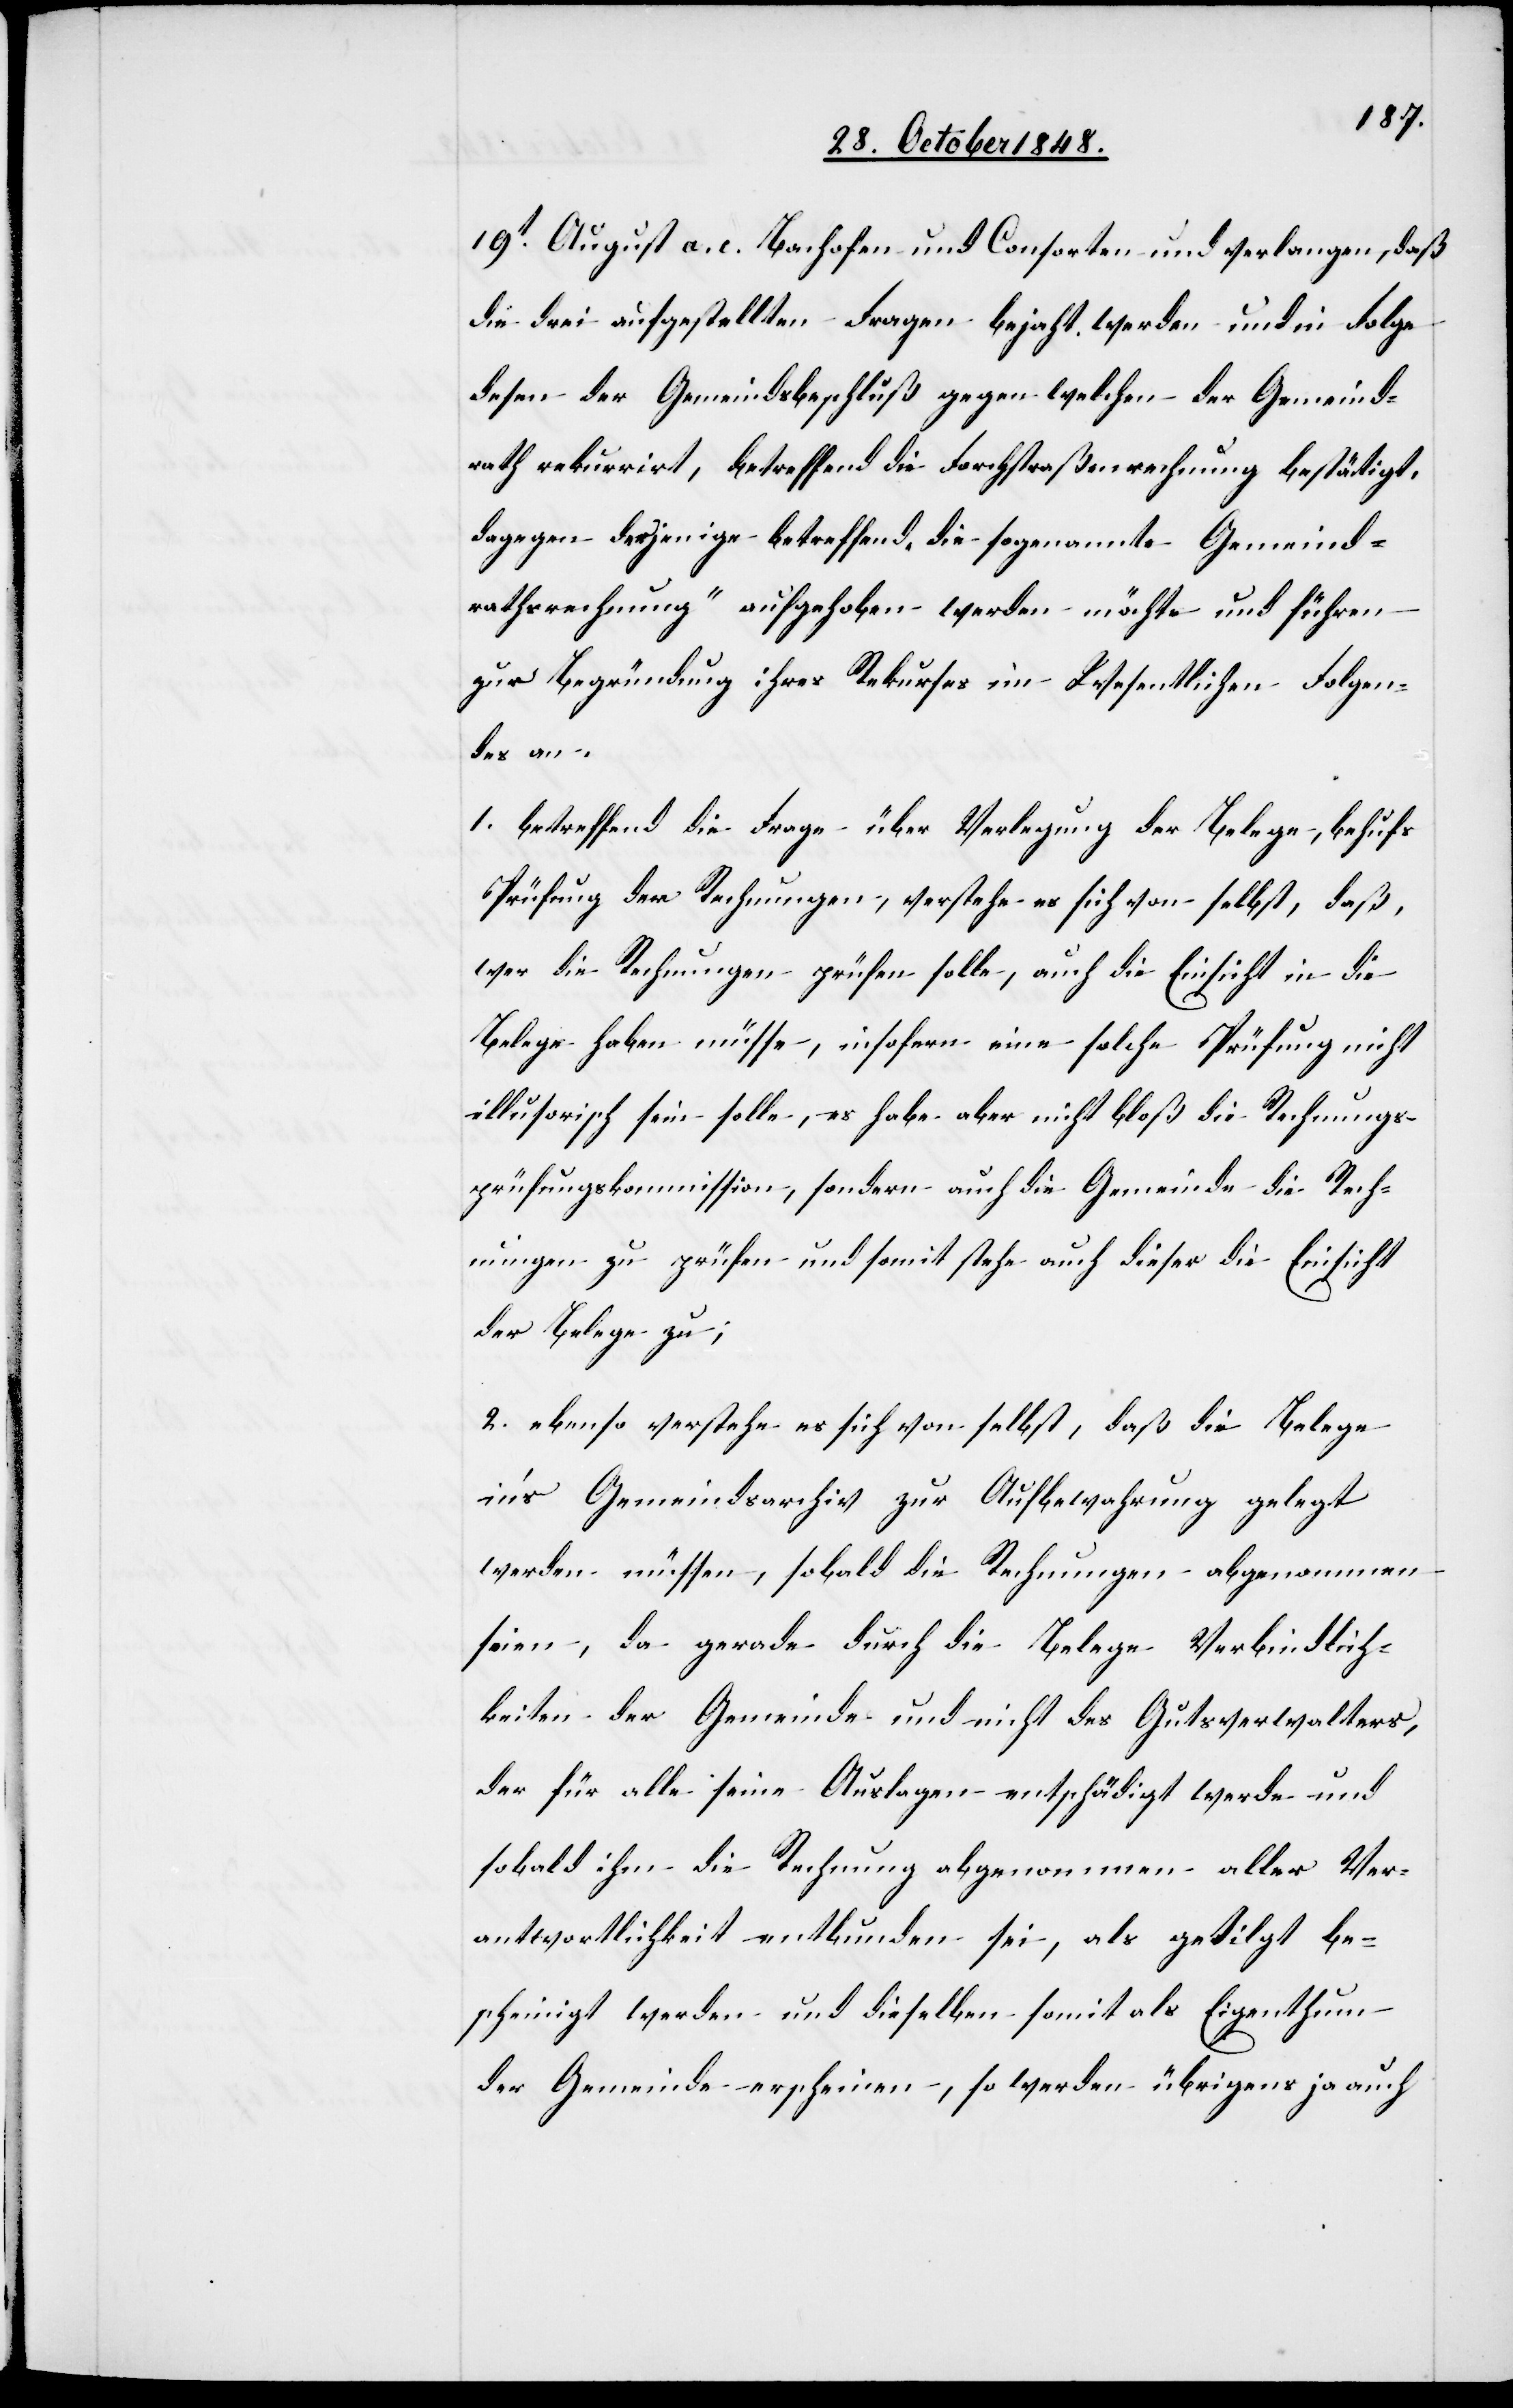
19t August a. c. Bachofen und Consorten und verlangen, daß
die drei aufgestellten Fragen bejaht werden und in Folge
dessen der Gemeindsbeschluß gegen welchen der Gemeind¬
rath rekurrirt, betreffend die Forchstraßenrechnung bestätigt,
dagegen derjenige betreffend die sogenannte [„]Gemeind¬
rathsrechnung“ aufgehoben werden möchte und führen
zur Begründung ihres Rekurses im Wesentlichen Folgen¬
des an.
1. betreffend die Frage über Verlegung der Belege, behufs
Prüfung der Rechnungen, verstehe es sich von selbst, daß,
wer die Rechnungen prüfen solle, auch die Einsicht in die
Belege haben müsse, insofern eine solche Prüfung nicht
illusorisch sein solle, es habe aber nicht bloß die Rechnungs¬
prüfungskommission, sondern auch die Gemeinde die Rech¬
nungen zu prüfen und somit stehe auch dieser die Einsicht
der Belege zu;
2. ebenso verstehe es sich von selbst, daß die Belege
in’s Gemeindsarchiv zur Aufbewahrung gelegt
werden müssen, sobald die Rechnungen abgenommen
seien, da gerade durch die Belege Verbindlich¬
keiten der Gemeinde und nicht des Gutsverwalters,
der für alle seine Auslagen entschädigt werde und
sobald ihm die Rechnung abgenommen aller Ver¬
antwortlichkeit entbunden sei, als getilgt be¬
scheinigt werden und dieselben somit als Eigenthum
der Gemeinde erscheinen, so werden übrigens ja auch